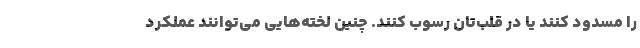
را مسدود کنند یا در قلب‌تان رسوب کنند. چنین لخته‌هایی می‌توانند عملکرد